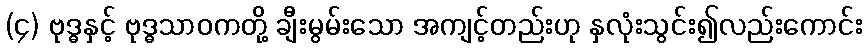
(၄) ဗုဒ္ဓနှင့် ဗုဒ္ဓသာဝကတို့ ချီးမွမ်းသော အကျင့်တည်းဟု နှလုံးသွင်း၍လည်းကောင်း